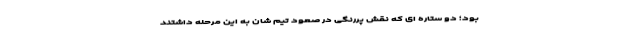
بود؛ دو ستاره ای که نقش پررنگی در صعود تیم شان به این مرحله داشتند